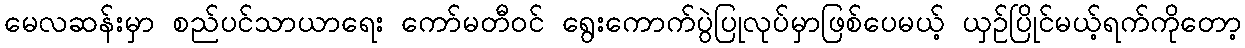
မေလဆန်းမှာ စည်ပင်သာယာရေး ကော်မတီဝင် ရွေးကောက်ပွဲပြုလုပ်မှာဖြစ်ပေမယ့် ယှဉ်ပြိုင်မယ့်ရက်ကိုတော့